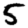
Digit: 5